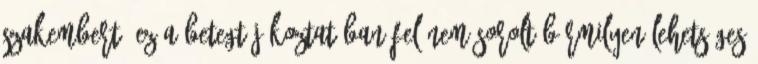
szakembert. Ez a betegtájékoztatóban fel nem sorolt bármilyen lehetséges